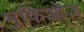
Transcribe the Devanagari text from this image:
मुफिओज